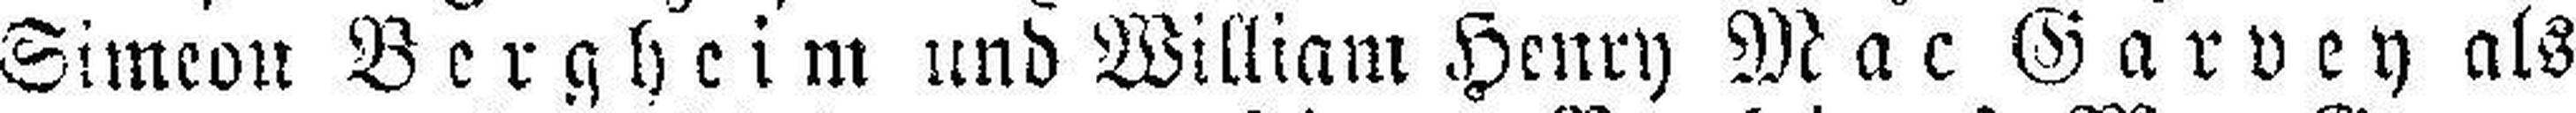
Simeon Bergheim und William Henry Mac Garvey als